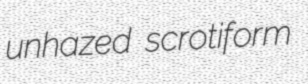
unhazed scrotiform